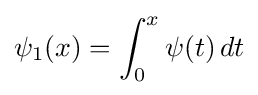
\psi _{1}(x)=\int _{0}^{x}\psi (t)\,dt